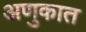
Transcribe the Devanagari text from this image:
अणुकात